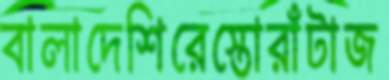
বালাদেশিরেস্তোরাঁটাজ